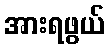
အားရဖွယ်